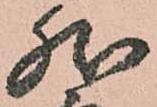
然